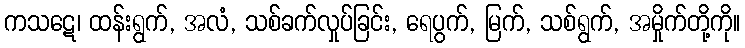
ကသဋေ၊ ထန်းရွက်, အလံ, သစ်ခက်လှုပ်ခြင်း, ရေပွက်, မြက်, သစ်ရွက်, အမှိုက်တို့ကို။